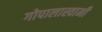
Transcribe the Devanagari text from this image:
गोपालास्वामी